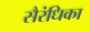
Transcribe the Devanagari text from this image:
सैरंधिका